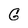
Character: G